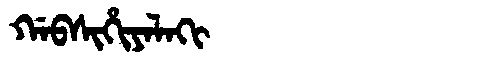
Manchu: ᡤᠠᠪᠰᡳᡥᡳᠶᠠᠯᠠᡴᡳ
Romanization: GABSIHIYALAKI